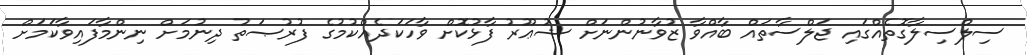
ސިލްސިލާގޮތެއްގައި ޖަލްސާތައް ބާއްވާ ޒުވާނުންނަށް ޝުޢޫރު ފާޅުކޮށް ވާހަކަދެއްކުމުގެ ފުރުޞަތު ދިނުމަށް ނިންމާފައިވާކަމަށް